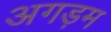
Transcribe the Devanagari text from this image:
अगड़म